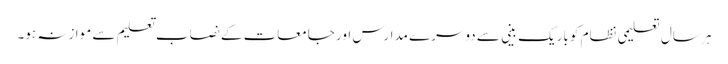
ہر سال تعلیمی نظام کو باریک بینی سے دوسرے مدارس اور جامعات کے نصاب تعلیم سے موازنہ ہو۔